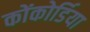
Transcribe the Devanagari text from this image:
कोंकोर्डिया